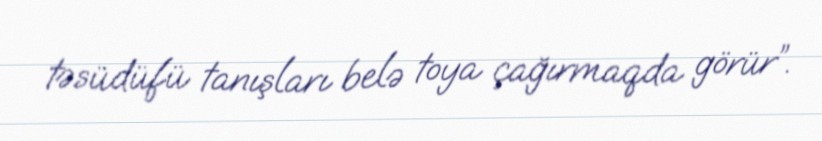
təsüdüfü tanışları belə toya çağırmaqda görür”.